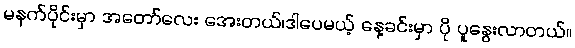
မနက်ပိုင်းမှာ အတော်လေး အေးတယ်၊ဒါပေမယ့် နေ့ခင်းမှာ ပို ပူနွေးလာတယ်။